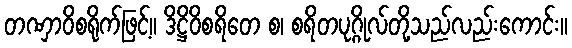
တဏှာဝိစရိုက်ဖြင့်။ ဒိဋ္ဌိဝိစရိတေ စ၊ စရိတပုဂ္ဂိုလ်တို့သည်လည်းကောင်း။